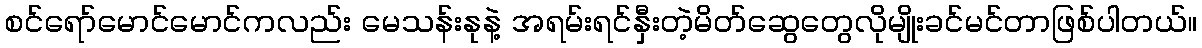
စင်ရော်မောင်မောင်ကလည်း မေသန်းနုနဲ့ အရမ်းရင်နှီးတဲ့မိတ်ဆွေတွေလိုမျိုးခင်မင်တာဖြစ်ပါတယ်။